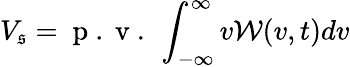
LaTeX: V_{\mathfrak{s}}=\mathrm{{~p~.~v~.~}}\int_{-\infty}^{\infty}v\mathcal{W}(v,t)dv